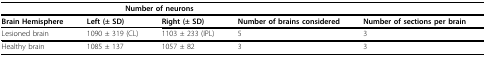
|  | <COLSPAN=2> Number of neurons |  |  |
 | --- | --- | --- | --- | --- |
 | Brain Hemisphere | Left (± SD) | Right (± SD) | Number of brains considered | Number of sections per brain |
 | Lesioned brain | 1090 ± 319 (CL) | 1103 ± 233 (IPL) | 5 | 3 |
 | Healthy brain | 1085 ± 137 | 1057 ± 82 | 3 | 3 |